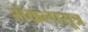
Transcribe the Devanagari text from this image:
संकल्पसूत्र